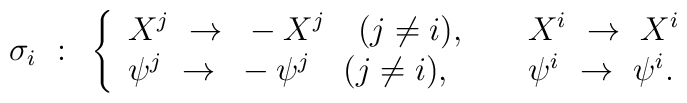
\sigma_i~:~\left\{\begin{array}{ll} X^j ~\rightarrow~ -X^j~~~(j\neq i),~~~ & X^i ~\rightarrow~X^i\\ \psi^j ~\rightarrow~ -\psi^j~~~(j\neq i),~~~ & \psi^i ~\rightarrow~\psi^i.\end{array}\right.